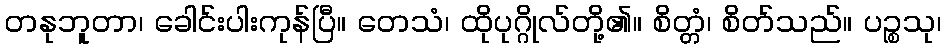
တနုဘူတာ၊ ခေါင်းပါးကုန်ပြီ။ တေသံ၊ ထိုပုဂ္ဂိုလ်တို့၏။ စိတ္တံ၊ စိတ်သည်။ ပဉ္စသု၊